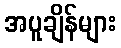
အပူချိန်များ